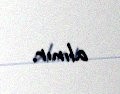
alınır.